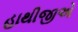
હાથીજીએ